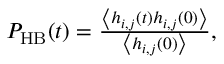
\begin{array} { r } { P _ { \mathrm { H B } } ( t ) = \frac { \left\langle h _ { i , j } ( t ) h _ { i , j } ( 0 ) \right\rangle } { \left\langle h _ { i , j } ( 0 ) \right\rangle } , } \end{array}